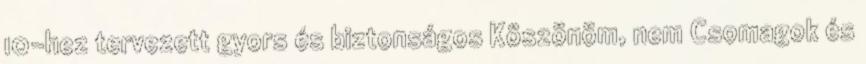
10-hez tervezett gyors és biztonságos Köszönöm, nem Csomagok és